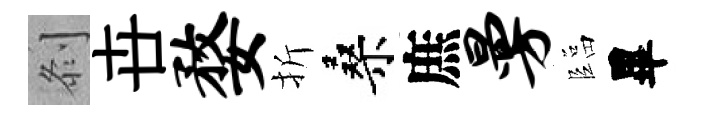
𠛴卋婺折桑庶曼臨畢